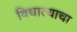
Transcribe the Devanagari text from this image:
विधात्याचा